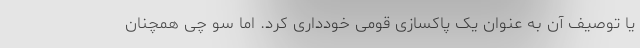
یا توصیف آن به عنوان یک پاکسازی قومی خودداری کرد. اما سو چی همچنان